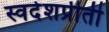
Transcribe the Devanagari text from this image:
स्वदेशप्रीती